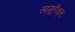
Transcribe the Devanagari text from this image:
सामूहीकृत